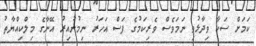
ކަމަށް ސަކާ ވިދާޅުވި ނަމަވެސް ވެރިކަމުގެ ފަސް އަހަރު ނިމުނުއިރު އޭނާގެ މިލްކިއްޔާތު